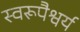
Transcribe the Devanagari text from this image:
स्वरूपैश्वर्य